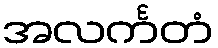
အလင်္ကတံ